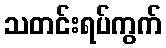
သတင်းရပ်ကွက်